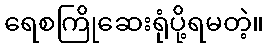
ရေစကြိုဆေးရုံပို့ရမတဲ့။